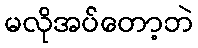
မလိုအပ်တော့ဘဲ